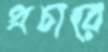
প্রচারে